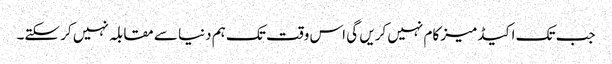
جب تک اکیڈمیز کام نہیں کریں گی اس وقت تک ہم دنیا سے مقابلہ نہیں کر سکتے۔